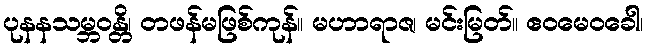
ပုနနသမ္ဘဝန္တိ၊ တဖန်မဖြစ်ကုန်။ မဟာရာဇ၊ မင်းမြတ်။ ဧဝမေဝခေါ၊